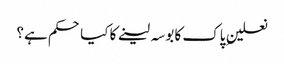
نعلینِ پاک کا بوسہ لینے کا کیا حکم ہے؟